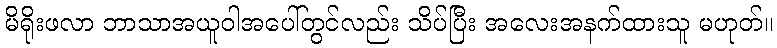
မိရိုးဖလာ ဘာသာအယူဝါအပေါ်တွင်လည်း သိပ်ပြီး အလေးအနက်ထားသူ မဟုတ်။